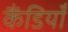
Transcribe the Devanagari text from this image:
कैंडियाँ